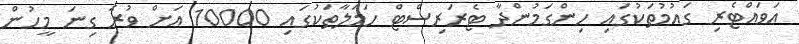
އަވައްޓެރި ގައުމުތަކުގައި ހިންގަމުންދާ ޓެރަރިސްޓް ހަމަލާތަކުގައި 10000 އަށް ވުރެ ގިނަ މީހުން